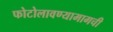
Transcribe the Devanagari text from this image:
फोटोलावण्यामागची